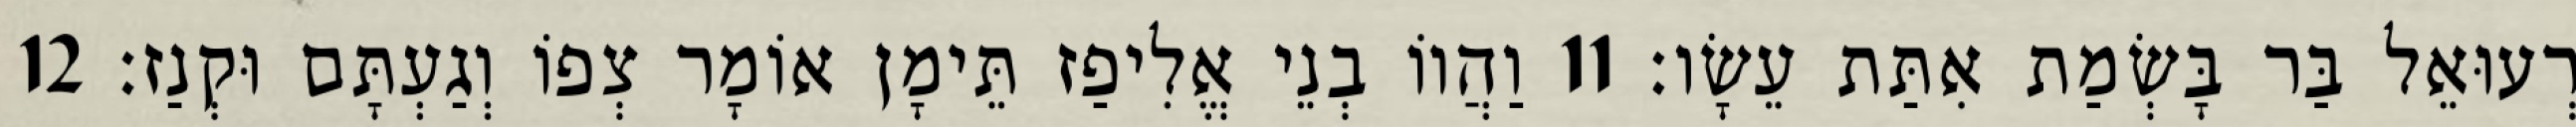
רְעוּאֵל בַּר בָּשְׂמַת אִתַּת עֵשָׂו׃ 11 וַהֲווֹ בְנֵי אֱלִיפַז תֵּימָן אוֹמָר צְפוֹ וְגַעְתָּם וּקְנַז׃ 12